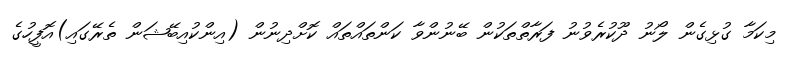
މިކަމާ ގުޅިގެން ލޯނު ދޫކުރެވުނު ފަރާތްތަކުން ބޭނުންވާ ކަންތައްތައް ކޮށްދިނުން (އިންކުއިބޭޝަން ތެރޭގައި)އޮފީހުގެ